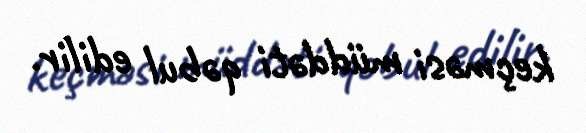
keçməsi müddəti qəbul edilir.